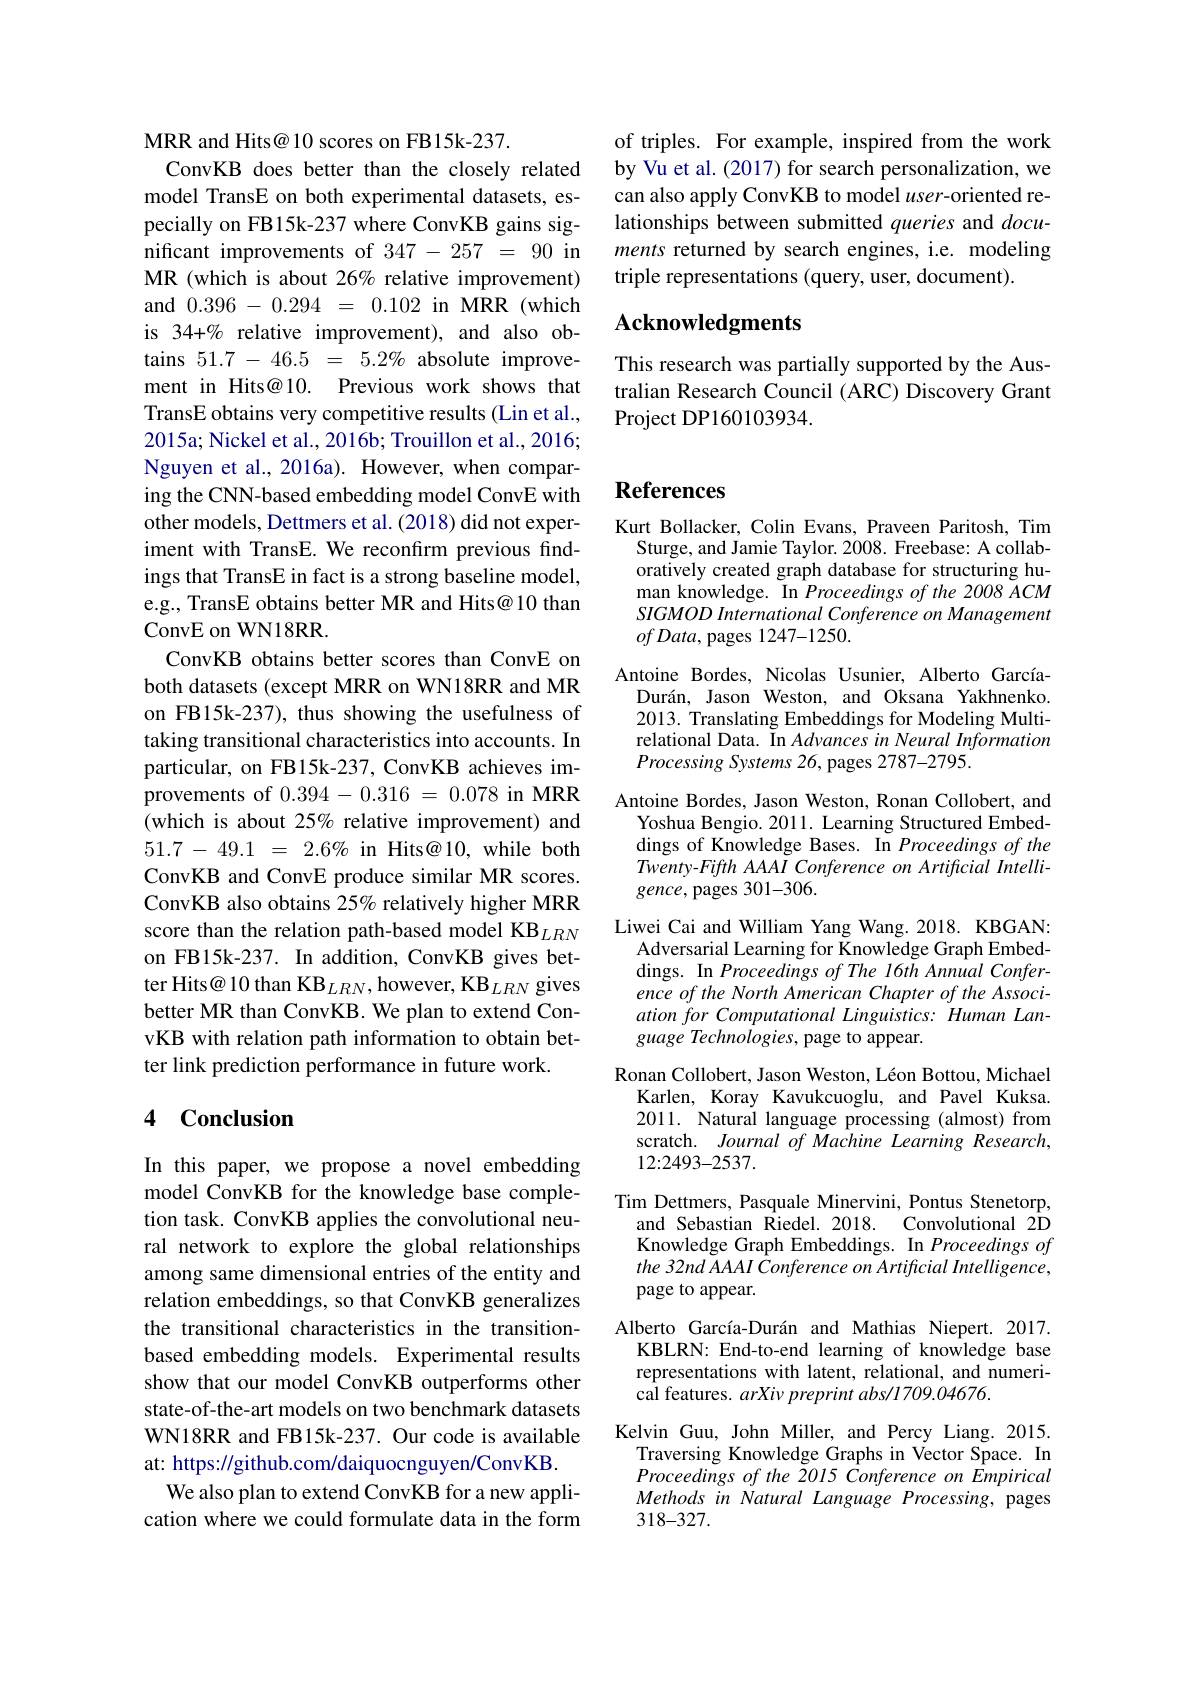
of triples. For example, inspired from the work by Vu et al. (2017) for search personalization, we can also apply ConvKB to model user-oriented relationships between submitted queries and $docu-$ ments returned by search engines, i.e. modeling triple representations (query, user, document).

## Acknowledgments

This research was partially supported by the Australian Research Council (ARC) Discovery Grant Project DP160103934.

MRR and Hits@ 10 scores on FB15k-237.
ConvKB does better than the closely related model TransE on both experimental datasets, especially on FB15k-237 where ConvKB gains significant improvements of 347-257=90 in MR (which is about 26% relative improvement) and 0.396-0.294=0.102 in MRR (which is 34+% relative improvement), and also obtains $51.7-46.5=5.2\%$ absolute improvement in Hits@10. Previous work shows that TransE obtains very competitive results (Lin et al., 2015a; Nickel et al., 2016b; Trouillon et al., 2016; Nguyen et al.,2016a). However, when comparing the CNN-based embedding model ConvE with other models, Dettmers et al. (2018) did not experiment with TransE. We reconfirm previous findings that TransE in fact is a strong baseline model, e.g., TransE obtains better MR and Hits@10 than ConvE on WN18RR
ConvKB obtains better scores than ConvE on both datasets (except MRR on WN18RR and MR on FB15k-237), thus showing the usefulness of taking transitional characteristics into accounts. In particular, on FB15k-237, ConvKB achieves improvements of 0.394-0.316=0.078 in MRR (which is about 25% relative improvement) and 51.7-49.1 = $2. 6\%$ in Hits@10, while both ConvKB and ConvE produce similar MR scores. ConvKB also obtains $25\%$ relatively higher MRR score than the relation path-based model KB$_{LRN}$ on FB15k-237. In addition, ConvKB gives better Hits@ 10 than KB$_{LRN}$,however, KB$_{LRN}$ gives better MR than ConvKB. We plan to extend ConvKB with relation path information to obtain better link prediction performance in future work.

## 4 Conclusion

In this paper, we propose a novel embedding model ConvKB for the knowledge base completion task. ConvKB applies the convolutional neural network to explore the global relationships among same dimensional entries of the entity and relation embeddings, so that ConvKB generalizes the transitional characteristics in the transitionbased embedding models. Experimental results show that our model ConvKB outperforms other state-of-the-art models on two benchmark datasets WN18RR and FB15k-237. Our code is available at: https://github.com/daiquocnguyen/ConvKB.
We also plan to extend ConvKB for a new application where we could formulate data in the form

# References

Kurt Bollacker, Colin Evans, Praveen Paritosh, Tim
Sturge, and Jamie Taylor. 2008. Freebase: A collaboratively created graph database for structuring human knowledge. In Proceedings of the 2008 ACM SIGMOD International Conference on Management $ofData$, pages 1247-1250.
Antoine Bordes, Nicolas Usunier, Alberto GarcíaDurán, Jason Weston, and Oksana Yakhnenko. 2013. Translating Embeddings for Modeling Multirelational Data. In Advances in Neural Information Processing Systems 26, pages 2787-2795.
Antoine Bordes, Jason Weston, Ronan Collobert, and
Yoshua Bengio. 2011. Learning Structured Embeddings of Knowledge Bases. In Proceedings of the Twenty-Fifth AAAI Conference on Artificial Intelligence, pages 301-306.
Liwei Cai and William Yang Wang. 2018. KBGAN3
Adversarial Learning for Knowledge Graph Embeddings. In Proceedings of The 16th Annual Conference of the North American Chapter of the Association for Computational Linguistics: Human Language Technologies, page to appear.
Ronan Collobert, Jason Weston, Léon Bottou, Michael
Karlen, Koray Kavukcuoglu, and Pavel Kuksa 2011. Natural language processing (almost) from scratch. Journal of Machine Learning Research, 12:2493-2537.
Tim Dettmers, Pasquale Minervini, Pontus Stenetorp,
and Sebastian Riedel. 2018. Convolutional 2D Knowledge Graph Embeddings. In Proceedings of the 32nd AAAI Conference on Artificial Intelligence, page to appear.
Alberto García-Durán and Mathias Niepert. 2017.
KBLRN: End-to-end learning of knowledge base representations with latent, relational, and numerical features. arXiv preprint abs/1709.04676.
Kelvin Guu, John Miller, and Percy Liang.2015.
Traversing Knowledge Graphs in Vector Space. In Proceedings of the 2015 Conference on Empirical Methods in Natural Language Processing, pages 318-327.